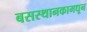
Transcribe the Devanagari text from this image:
बसस्थानकामधून